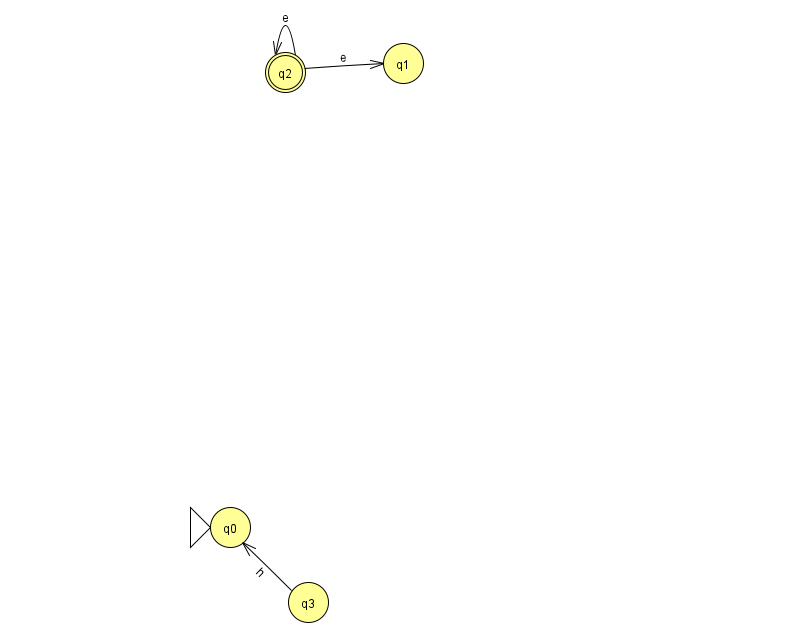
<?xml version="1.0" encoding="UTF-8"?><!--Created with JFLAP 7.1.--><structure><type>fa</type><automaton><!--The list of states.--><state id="0" name="q0"><x>230.0</x><y>514.0</y><initial/></state><state id="1" name="q1"><x>403.0</x><y>50.0</y></state><state id="2" name="q2"><x>285.0</x><y>59.0</y><final/></state><state id="3" name="q3"><x>308.0</x><y>589.0</y></state><!--The list of transitions.--><transition><from>3</from><to>0</to><read>h</read></transition><transition><from>2</from><to>2</to><read>e</read></transition><transition><from>2</from><to>1</to><read>e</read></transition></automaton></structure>